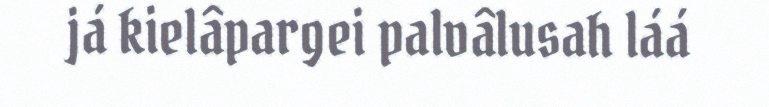
já kielâpargei palvâlusah láá